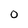
Character: 0